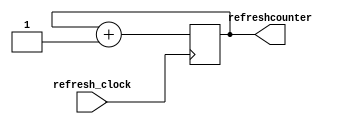
`timescale 1ns / 1ps
//////////////////////////////////////////////////////////////////////////////////
// Company: 
// Engineer: 
// 
// Design Name: 
// Module Name: refreshcounter
// Project Name: 
// Target Devices: 
// Tool Versions: 
// Description: 
// 
// Dependencies: 
// 
// Revision:
// Revision 0.01 - File Created
// Additional Comments:
// 
//////////////////////////////////////////////////////////////////////////////////


module refreshcounter(input refresh_clock,
output reg [2:0] refreshcounter =0

    );
 always @(posedge refresh_clock) refreshcounter<=refreshcounter + 1;
endmodule